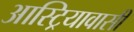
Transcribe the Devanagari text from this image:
आस्ट्रियावासी